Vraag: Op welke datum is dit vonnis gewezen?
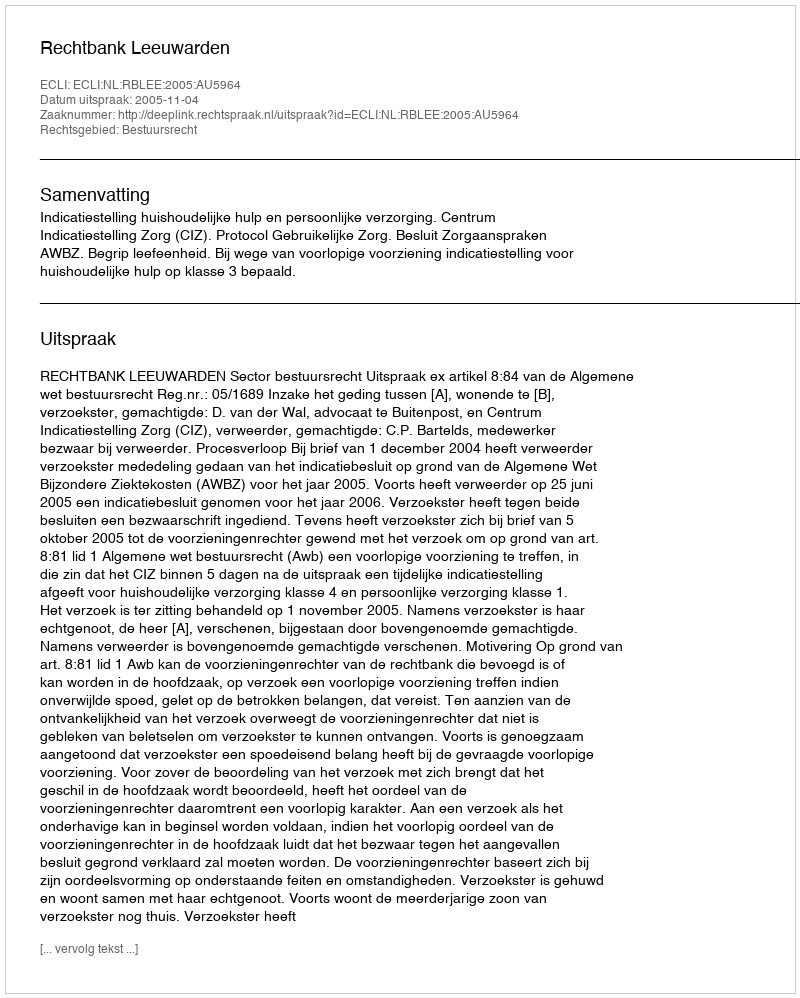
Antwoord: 2005-11-04